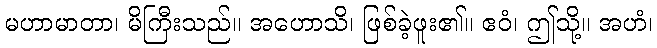
မဟာမာတာ၊ မိကြီးသည်။ အဟောသိ၊ ဖြစ်ခဲ့ဖူး၏။ ဧဝံ၊ ဤသို့။ အဟံ၊